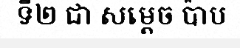
ទី២ ជា សម្តេច ប៉ាប